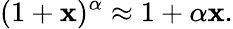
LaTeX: (1+\mathbf{x})^{\alpha}\approx1+\alpha\mathbf{x}.